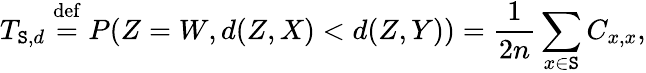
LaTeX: T_{\mathtt{S},d}\stackrel{\mathrm{{def}}}{=}P(Z=W,d(Z,X)<d(Z,Y))=\frac{{1}}{{2n}}\sum_{x\in\mathtt{S}}C_{x,x},